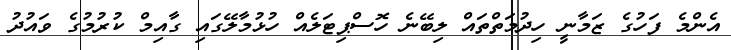
އެންމެ ފަހުގެ ޒަމާނީ ހިދުމަތްތައް ލިބޭނެ ހޮސްޕިޓަލެއް ހުޅުމާލޭގައި ގާއިމް ކުރުމުގެ ވައުދު